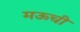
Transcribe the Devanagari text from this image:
मऊची